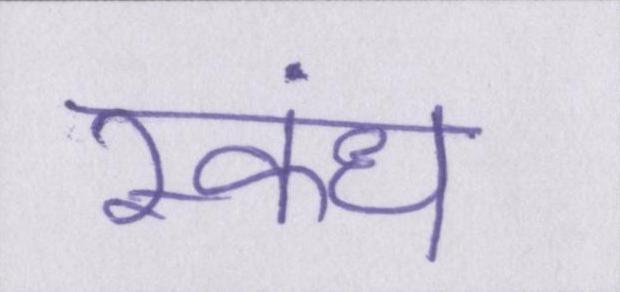
स्कंध